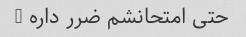
حتی امتحانشم ضرر داره …